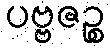
ပဗ္ဗဇဉ္စ